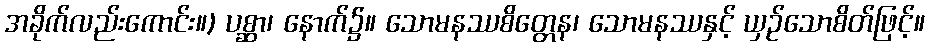
အခိုက်လည်းကောင်း။) ပစ္ဆာ၊ နောက်၌။ သောမနဿစိတ္တေန၊ သောမနဿနှင့် ယှဉ်သောစိတ်ဖြင့်။